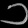
Digit: ၁